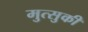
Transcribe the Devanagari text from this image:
मुत्सुकी